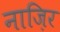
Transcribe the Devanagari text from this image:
नाज़िर